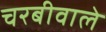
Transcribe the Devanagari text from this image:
चरबीवाले